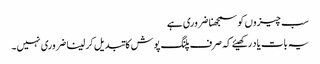
سب چیزوں کو سمجھنا ضروری ہے
یہ بات یاد رکھیئے کہ صرف پلنگ پوش کا تبدیل کر لینا ضروری نہیں۔